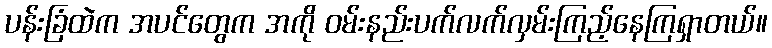
ပန်းခြံထဲက အပင်တွေက အကို ဝမ်းနည်းပက်လက်လှမ်းကြည့်နေကြရှာတယ်။